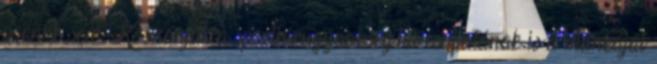
poénok sem. Köszönjük a sporthirugynokseg.hu csapatának is a munkáját